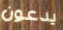
يدعون